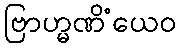
ဗြာဟ္မဏိံယေဝ